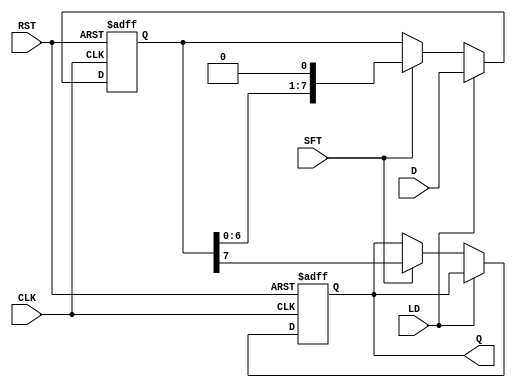
module PISO_Register #(
    parameter WIDTH = 8  // Width of the input data
)(
    input wire [WIDTH-1:0] D,   // Parallel input data
    input wire LD,               // Load control signal
    input wire SFT,              // Shift control signal
    input wire CLK,              // Clock signal
    input wire RST,              // Asynchronous reset signal
    output reg Q                 // Serial output
);

    // Internal register to hold the data
    reg [WIDTH-1:0] shift_reg;

    // Asynchronous reset and synchronous load/shift
    always @(posedge CLK or posedge RST) begin
        if (RST) begin
            // Clear the shift register on reset
            shift_reg <= {WIDTH{1'b0}};
            Q <= 1'b0;  // Clear output
        end else begin
            if (LD) begin
                // Load the data into the shift register
                shift_reg <= D;
            end else if (SFT) begin
                // Shift the data out
                Q <= shift_reg[WIDTH-1]; // Output the MSB
                shift_reg <= {shift_reg[WIDTH-2:0], 1'b0}; // Shift left and fill LSB with 0
            end
        end
    end

endmodule